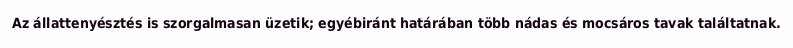
Az állattenyésztés is szorgalmasan üzetik; egyébiránt határában több nádas és mocsáros tavak találtatnak.